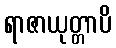
ရာဇာယုတ္တာပိ